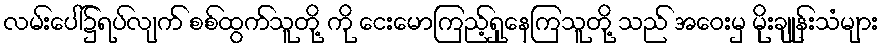
လမ်းပေါ်၌ရပ်လျက် စစ်ထွက်သူတို့ ကို ငေးမောကြည့်ရှုနေကြသူတို့ သည် အဝေးမှ မိုးချုန်းသံများ